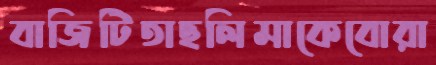
বাজিটিতাছলিমাকেবোরা